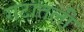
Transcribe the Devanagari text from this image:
गटातली